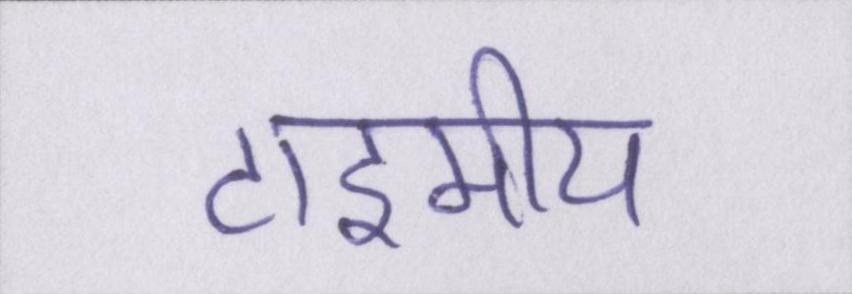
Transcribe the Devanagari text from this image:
टाइमीय